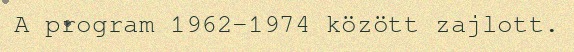
A program 1962-1974 között zajlott.